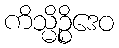
ကိသ္မိဉ္စိဒေဝ